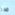
جدا